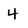
Character: 4